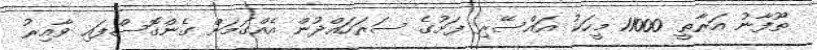
ތޫފާނު އަރާތީ 11000 މީހަކު އައްސޭރި ފަށުގެ ސަރަހައްދުން އެއްގަމަށް ގެންގޮސްފައި ވާއިރު